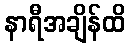
နာရီအချိန်ထိ